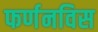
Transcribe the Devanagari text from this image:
फर्णनविस